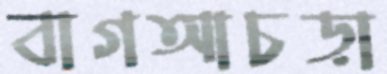
বাগআচড়া